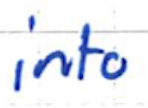
Text: into
Cross-out: clean
Writing tool: ballpoint